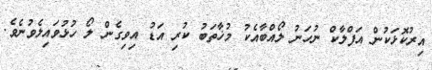
އިރުކޮޅަކުން އަފްލާކް ނުހަނު ލޯއްބާއެކު މުޚާތަބު ކުރި އަޑު އިވިގެން ލޯ ހުޅުވައިލެވުނެވެ.